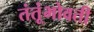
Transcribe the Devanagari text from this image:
तंतूंभोवती